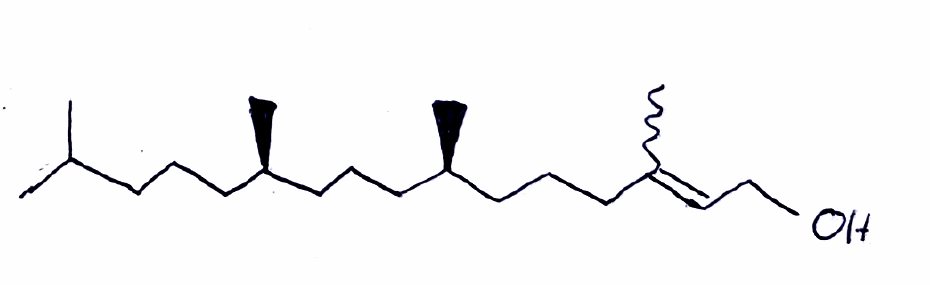
Simplified molecular-input line-entry system (SMILES) notation of the given molecule:
C[C@@H](CCC[C@@H](C)CCCC(=CCO)C)CCCC(C)C